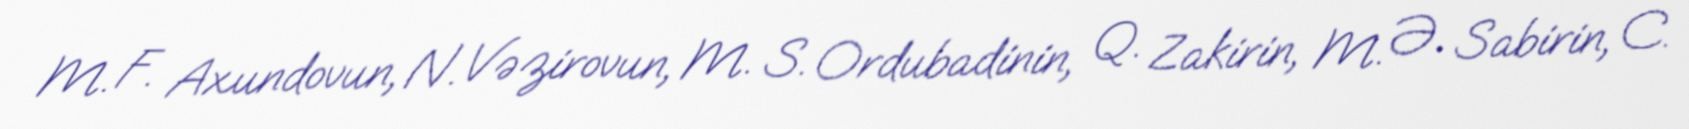
M. F. Axundovun, N. Vəzirovun, M. S. Ordubadinin, Q. Zakirin, M. Ə. Sabirin, C.